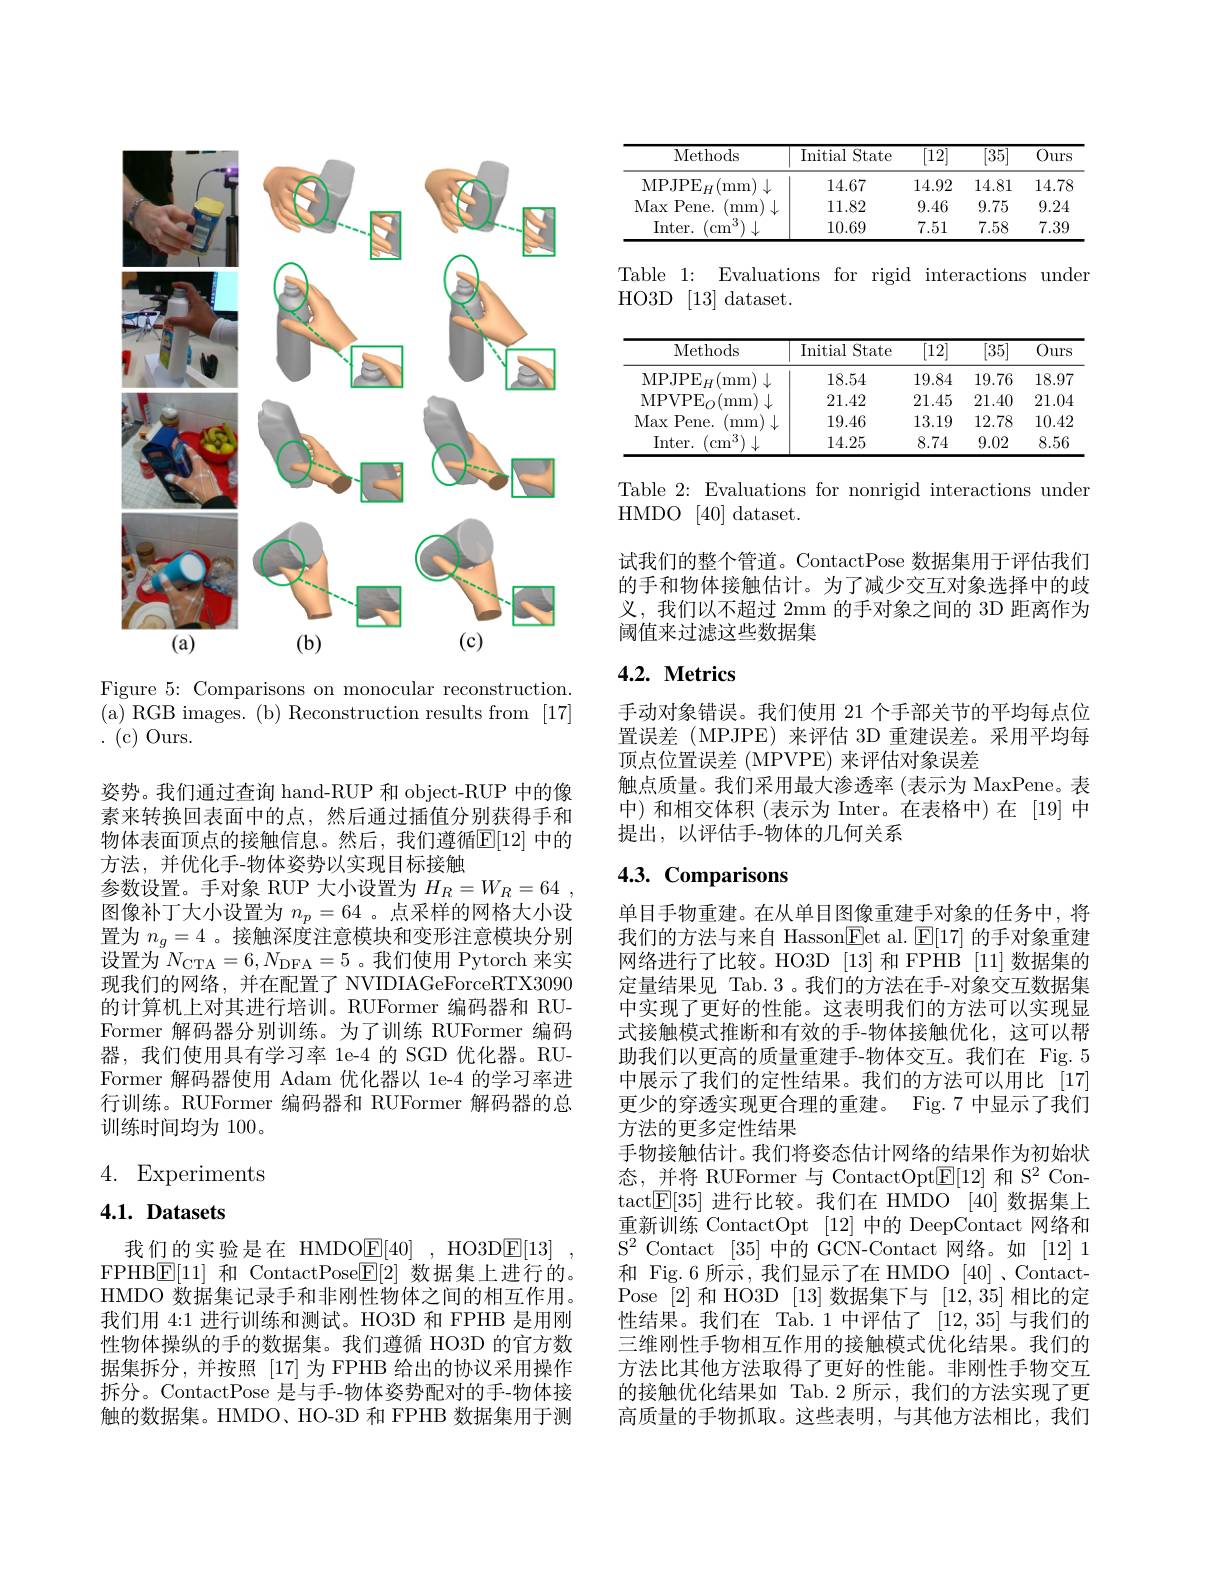
<FigureHere>

Figure 5: Comparisons on monocular reconstruction. ( a) RGB images. ( b) Reconstruction results from [ 17] . (c)Ours.

姿势。我们通过查询 hand-RUP 和 object-RUP 中的像素来转换回表面中的点，然后通过插值分别获得手和物体表面顶点的接触信息。然后，我们遵循$\mathbb{E}[12]$ 中的方法，并优化手-物体姿势以实现目标接触
参数设置。手对象 RUP 大小设置为$H_R=W_R=64$ 图像补丁大小设置为$n_p=64$ 。点采样的网格大小设置为$n_g=4$ 。接触深度注意模块和变形注意模块分别设置为$N_{\mathrm{CTA}}=6,N_{\mathrm{DFA}}=5$。我们使用 Pytorch 来实现我们的网络，并在配置了 NVIDIAGeForceRTX3090的计算机上对其进行培训。RUFormer 编码器和 RUFormer 解码器分别训练。为了训练 RUFormer 编码器，我们使用具有学习率 1e-4 的 SGD 优化器。RUFormer 解码器使用 Adam 优化器以 1e-4 的学习率进行训练。RUFormer 编码器和 RUFormer 解码器的总训练时间均为 100。

# 4. Experiments

## $4. 1. \textbf{ Datasets}$

我们的实验是在 HMDO$\underline {\mathrm{E} }[ 40]$ , HO3D$\underline{\mathrm{E}}[13]$ FPHB$\underline{\mathrm{E}}[11]$和 ContactPose$\underline{\mathrm{E}}[2]$数据集上进行的。HMDO 数据集记录手和非刚性物体之间的相互作用。我们用 4:1 进行训练和测试。HO3D 和 FPHB 是用刚性物体操纵的手的数据集。我们遵循 HO3D 的官方数据集拆分，并按照 [17]为 FPHB 给出的协议采用操作拆分。ContactPose 是与手-物体姿势配对的手-物体接触的数据集。HMDO、HO-3D 和 FPHB 数据集用于测

<table>
	<tbody>
		<tr>
			<th>Methods</th>
			<th>Initial State</th>
			<th>$\overline{[12]}$</th>
			<th>$\overline{[35]}$</th>
			<th>$\overline{Ours}$</th>
		</tr>
		<tr>
			<td>$\mathrm{MPJPE}_{H}$ ( mm 1.</td>
			<td>14.67</td>
			<td>14.92</td>
			<td>14.81</td>
			<td>14.78</td>
		</tr>
		<tr>
			<td>Max Pene. mmm</td>
			<td>11.82</td>
			<td>9.46</td>
			<td>9.75</td>
			<td>9.24</td>
		</tr>
		<tr>
			<td>Inter. cm</td>
			<td>10.69</td>
			<td>7.51</td>
			<td>7.58</td>
			<td>7.39</td>
		</tr>
	</tbody>
</table>

Table 1: Evaluations for rigid interactions under
HO3D [13]dataset.

<table>
	<tbody>
		<tr>
			<th>Methods</th>
			<th>Initial State I</th>
			<th>$\overline{[12]}$</th>
			<th>[35]</th>
			<th>Ours</th>
		</tr>
		<tr>
			<td>$\mathrm{MPJPE}_{H}($mm $1)\downarrow$</td>
			<td>18.54</td>
			<td>19.84</td>
			<td>19.76</td>
			<td>18.97</td>
		</tr>
		<tr>
			<td>$\mathrm{MPVPE}_{O}$ mm</td>
			<td>21.42</td>
			<td>21.45</td>
			<td>21.40</td>
			<td>21.04</td>
		</tr>
		<tr>
			<td>Max Pene. m m</td>
			<td>19.46</td>
			<td>13.19</td>
			<td>12.78</td>
			<td>10.42</td>
		</tr>
		<tr>
			<td>Inter. cm</td>
			<td>14.25</td>
			<td>8.74</td>
			<td>9.02</td>
			<td>8.56</td>
		</tr>
	</tbody>
</table>

Table 2: Evaluations for nonrigid interactions under
HMDO [40] dataset.

试我们的整个管道。ContactPose 数据集用于评估我们的手和物体接触估计。为了减少交互对象选择中的歧义，我们以不超过 2mm 的手对象之间的 3D 距离作为阈值来过滤这些数据集

# 4.2. Metrics

手动对象错误。我们使用 21 个手部关节的平均每点位置误差(MPJPE)来评估 3D 重建误差。采用平均每顶点位置误差(MPVPE)来评估对象误差
触点质量。我们采用最大渗透率 (表示为 MaxPene。表中)和相交体积(表示为 Inter。在表格中)在[19]中提出，以评估手-物体的几何关系

# 4.3. Comparisons

单目手物重建。在从单目图像重建手对象的任务中，将我们的方法与来自 Hasson$\underline{\mathrm{Eet~al.~}}\underline{\mathrm{E[17]~}}$的手对象重建网络进行了比较。HO3D [13]和 FPHB [11] 数据集的定量结果见 Tab.3 。我们的方法在手-对象交互数据集中实现了更好的性能。这表明我们的方法可以实现显式接触模式推断和有效的手-物体接触优化，这可以帮助我们以更高的质量重建手-物体交互。我们在 Fig.5中展示了我们的定性结果。我们的方法可以用比[17] 更少的穿透实现更合理的重建。Fig. 7 中显示了我们方法的更多定性结果
手物接触估计。我们将姿态估计网络的结果作为初始状态，并将 RUFormer与 ContactOpt$\underline{\mathrm{E}}[12]$和 S$^2$ Contact$\boxed{\mathrm{E}[35]}$进行比较。我们在 HMDO [40]数据集上重新训练 ContactOpt [12]中的 DeepContact 网络和$S^{2}$ Contact [35] 中的 GCN-Contact 网络。如 [12]1和 Fig.6 所示，我们显示了在 HMDO [40] , ContactPose [2]和 HO3D [13] 数据集下与[12,35]相比的定性结果。我们在 Tab.1 中评估了[12,35]与我们的三维刚性手物相互作用的接触模式优化结果。我们的方法比其他方法取得了更好的性能。非刚性手物交互的接触优化结果如 Tab.2 所示，我们的方法实现了更高质量的手物抓取。这些表明，与其他方法相比，我们